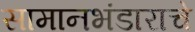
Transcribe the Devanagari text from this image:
सामानभंडाराचे